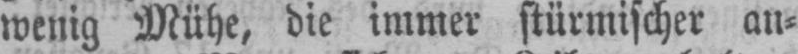
wenig Mühe, die immer stürmischer an⸗